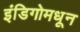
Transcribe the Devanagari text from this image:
इंडिगोमधून